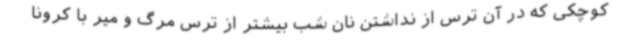
کوچکی که در آن ترس از نداشتن نان شب بیشتر از ترس مرگ و میر با کرونا